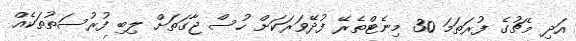
އަދި މެޗުގެ ފުރަތަމަ 30 މިނެޓްތެރޭ ފުދޭވަރަކަށް ހުސް ޖާގަތަށް ލިބި ފުރުސަތުތަކެއް